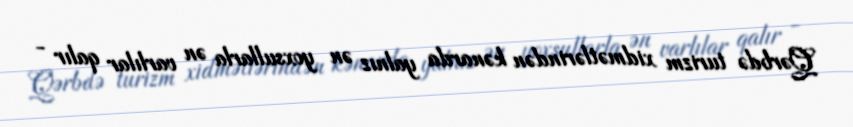
Qərbdə turizm xidmətlərindən kənarda yalnız ən yoxsullarla ən varlılar qalır -